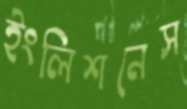
ইংলিশনেস